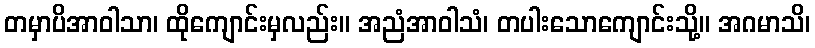
တမှာပိအာဝါသာ၊ ထိုကျောင်းမှလည်း။ အညံအာဝါသံ၊ တပါးသောကျောင်းသို့။ အဂမာသိ၊